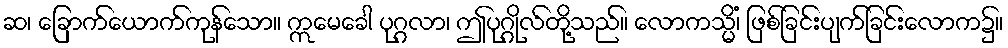
ဆ၊ ခြောက်ယောက်ကုန်သော။ ဣမေခေါ ပုဂ္ဂလာ၊ ဤပုဂ္ဂိုလ်တို့သည်။ လောကသ္မိံ၊ ဖြစ်ခြင်းပျက်ခြင်းလောက၌။